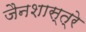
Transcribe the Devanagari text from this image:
जैनशास्त्रे